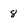
Character: 8